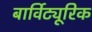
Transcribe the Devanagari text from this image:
बार्विट्यूरिक